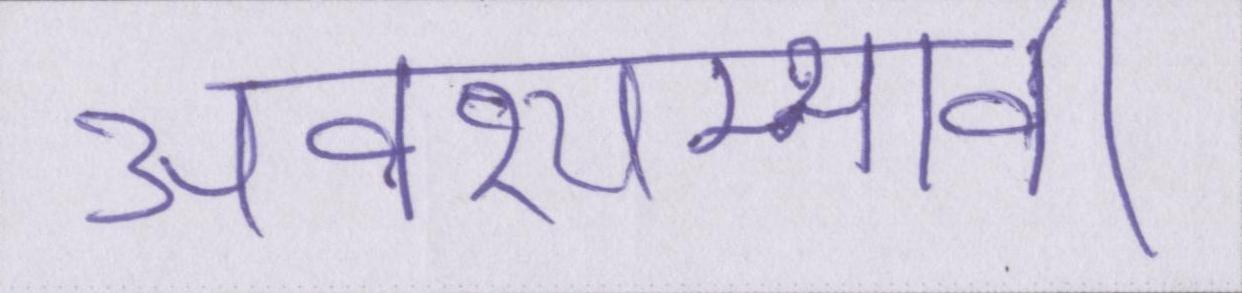
अवश्यम्भावी